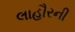
લાહૌરની